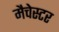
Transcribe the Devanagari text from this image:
मैचेस्टर